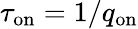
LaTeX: \tau_{\mathrm{on}}=1/q_{\mathrm{on}}